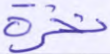
نخرة